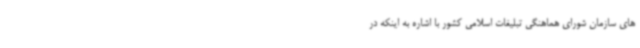
های سازمان شورای هماهنگی تبلیغات اسلامی کشور با اشاره به اینکه در